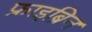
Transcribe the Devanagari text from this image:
फ्राइब्रिन